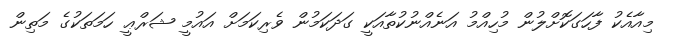
މިއާއެކު ފާހަގަކޮށްލުން މުހިއްމު އަނެއްނުކުތާއަކީ ގަދަކަމުން ވެރިކަމަށް އައުމީ ޝަރްޢީ ހަމަތަކުގެ މަތިން